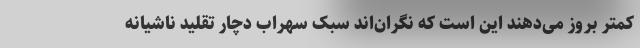
کمتر بروز می‌دهند این است که نگران‌اند سبک سهراب دچار تقلید ناشیانه